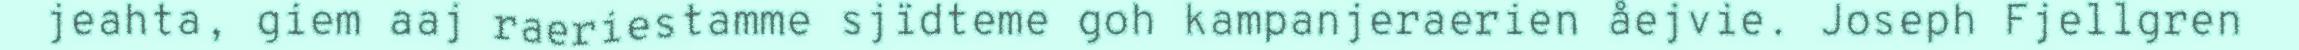
jeahta, giem aaj raeriestamme sjïdteme goh kampanjeraerien åejvie. Joseph Fjellgren